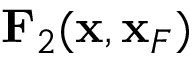
{ \bf F } _ { 2 } ( { \bf x } , { \bf x } _ { F } )